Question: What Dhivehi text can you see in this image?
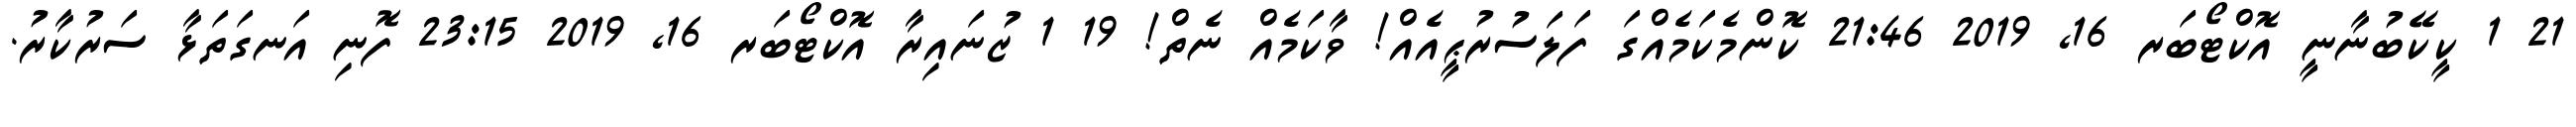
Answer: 21 1 ކީކޭބުނާނީ އޮކްޓޯބަރ 16, 2019 21:46 ކޮންމެކަމެއްގަ ފަލަސުރުޙީއެއް! ވާކަމެއް ނެތް! 19 1 ޒުނައިރާ އޮކްޓޯބަރ 16, 2019 23:15 ފޮނި އަނގަތަޅާ ސަރުކާރު.